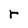
Character: r